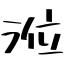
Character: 涖